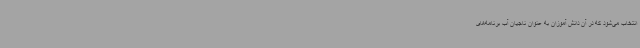
انتخاب می‌شود که در آن دانش آموزان به عنوان ناجیان آب برنامه‌های